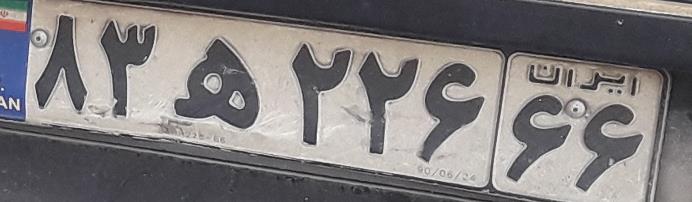
۸۳ه۲۲۶۶۶